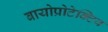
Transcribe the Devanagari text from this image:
बायोप्रोटेक्टिव